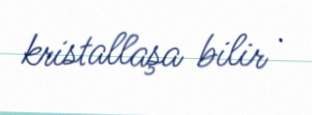
kristallaşa bilir .